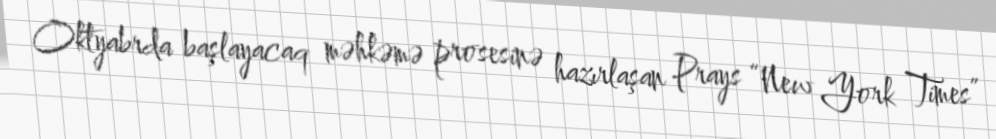
Oktyabrda başlayacaq məhkəmə prosesinə hazırlaşan Prays “New York Times”